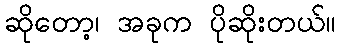
ဆိုတော့၊ အခုက ပိုဆိုးတယ်။